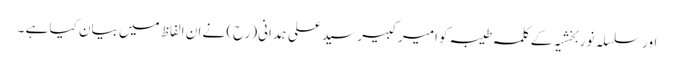
اور سلسلہ نوربخشیہ کے کلمہ طیبہ کو امیر کبیر سید علی ہمدانی(رح) نے ان الفاظ میں بیان کیا ہے ۔